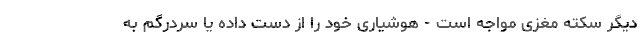
دیگر سکته مغزی مواجه است - هوشیاری خود را از دست داده یا سردرگم به